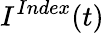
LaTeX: I^{Index}(t)